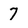
Character: 7